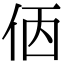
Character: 𠈇